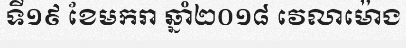
ទី១៩ ខែមករា ឆ្នាំ២០១៨ វេលាម៉ោង